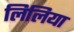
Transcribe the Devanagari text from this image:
लिलिया